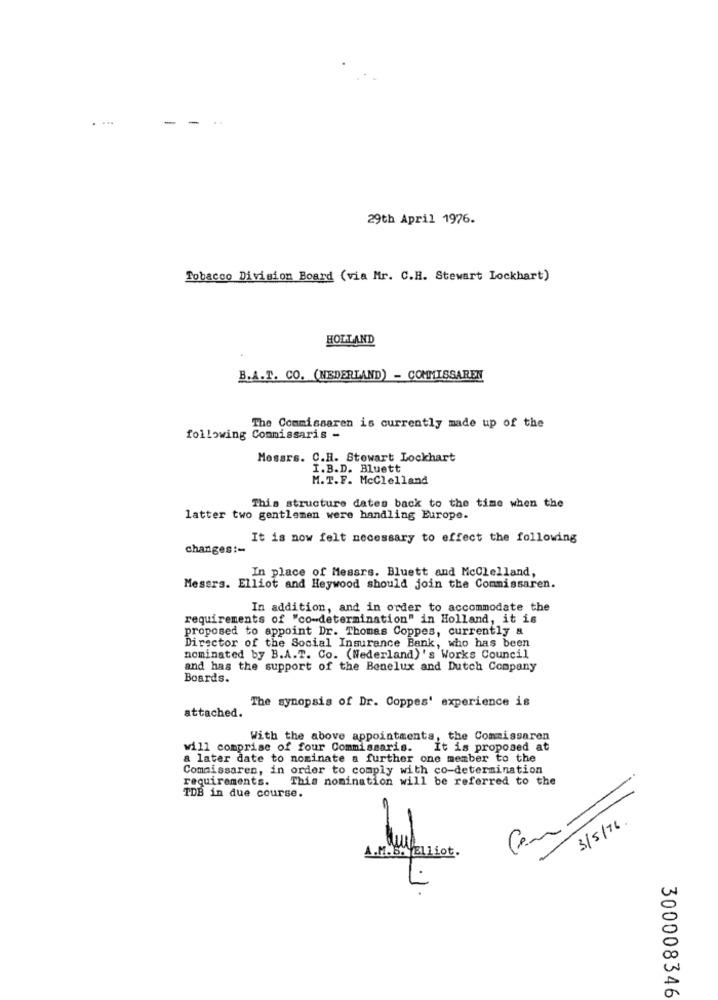
. ....
29th April 1976.
Tobacco Division Board (via Mr. C.H. Stewart Lockhart)
HOLLAND
B.A.T. CO. (NEDERLAND) - COMMISSAREN
The Commissaren is currently made up of the
following Commissaris -
Mossrs. C.H. Stewart Lockhart
I.B.D. Bluett
M. T.F. McClelland
This structure dates back to the time when the
latter two gentlemen were handling Europe.
It is now felt necessary to effect the following
changes :-
In place of Messrs. Bluett and McClelland,
Messrs. Elliot and Heywood should join the Commissaren.
In addition, and in order to accommodate the
requirements of "co-determination" in Holland, it is
proposed to appoint Dr. Thomas Coppes, currently &
Director of the Social Insurance Bank, who has been
nominated by B.A.T. Co. (Nederland) 's Works Council
and has the support of the Benelux and Dutch Company
Boards.
The synopsis of Dr. Coppes' experience is
attached.
With the above appointments, the Commissaren
will comprise of four Commissaris.
It is proposed at
a later date to nominate a further one member to the
Comaissaren, in order to comply with co-determination
requirements.
This nomination will be referred to the
TDB in due course.
-
3/5/16.
3
A.M.B. Elliot.
300008346